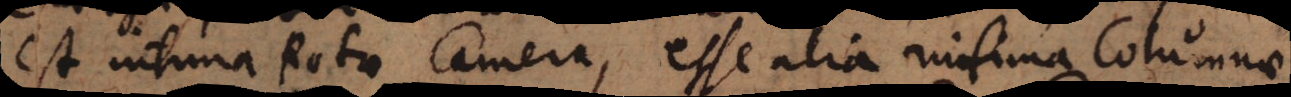
est intima Rotae Camera, esse alia infima Columnae